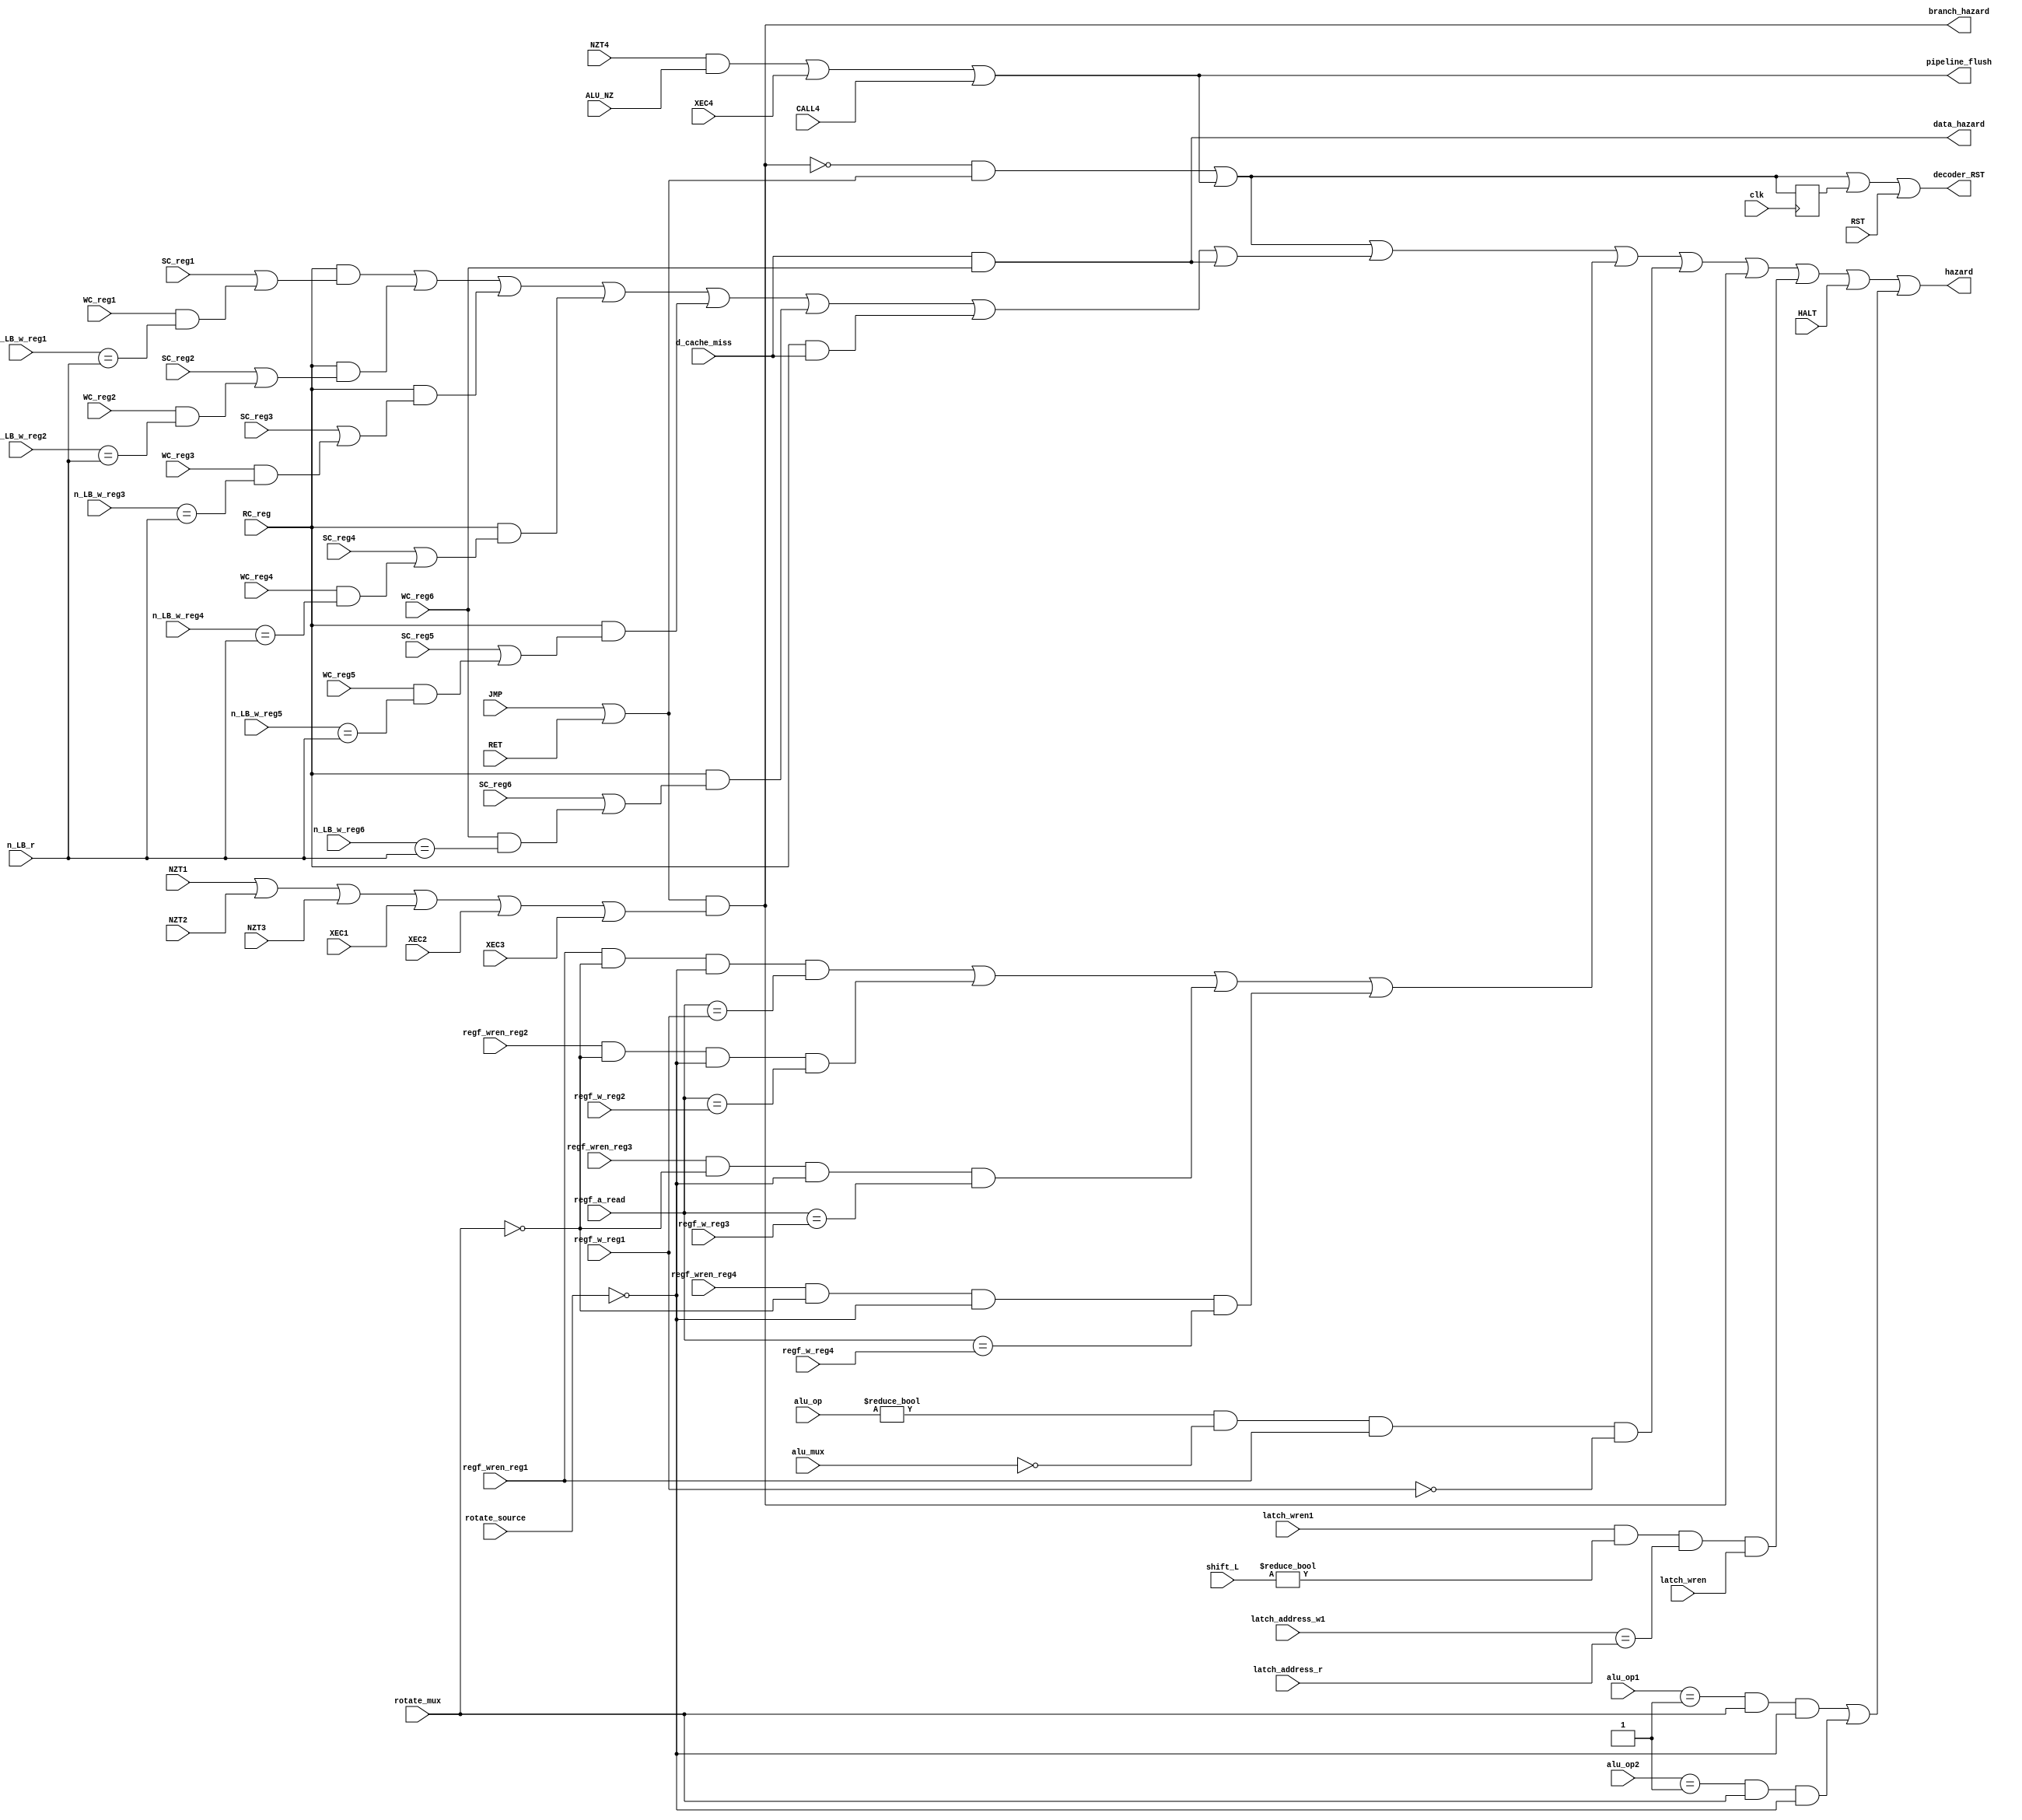
module hazard_unit(
		input wire clk,
		input wire NZT1, NZT2, NZT3, NZT4,
		input wire JMP,
		input wire XEC1, XEC2, XEC3, XEC4,
		input wire RET,
		input wire CALL4,
		input wire ALU_NZ,
		input wire[2:0] alu_op, alu_op1, alu_op2,
		input wire alu_mux,
		input wire HALT,
		input wire RST,
		input wire[2:0] regf_a_read,
		input wire[2:0] regf_w_reg1, regf_w_reg2, regf_w_reg3, regf_w_reg4,// regf_w_reg5,
		input wire regf_wren_reg1, regf_wren_reg2, regf_wren_reg3, regf_wren_reg4,// regf_wren_reg5,
		input wire SC_reg1, SC_reg2, SC_reg3, SC_reg4, SC_reg5, SC_reg6,// SC_reg7,
		input wire WC_reg1, WC_reg2, WC_reg3, WC_reg4, WC_reg5, WC_reg6,// WC_reg7,
		input wire RC_reg,
		input wire n_LB_w_reg1, n_LB_w_reg2, n_LB_w_reg3, n_LB_w_reg4, n_LB_w_reg5, n_LB_w_reg6,// n_LB_w_reg7,
		input wire n_LB_r,
		input wire rotate_mux,
		input wire rotate_source,
		input wire latch_wren, latch_wren1,
		input wire[1:0] latch_address_w1,
		input wire[1:0] latch_address_r,
		input wire[2:0] shift_L,
		input wire d_cache_miss,
		output wire hazard,
		output wire data_hazard,
		output wire branch_hazard,
		output wire pipeline_flush,
		output wire decoder_RST);
reg RST_hold;
wire decoder_flush;
wire aux_read;
wire aux_hazard;
wire regf_hazard1, regf_hazard2, regf_hazard3, regf_hazard4;//, regf_hazard5;
wire regf_hazard;
wire IO_hazard;
wire IO_hazard1, IO_hazard2, IO_hazard3, IO_hazard4, IO_hazard5, IO_hazard6;//, IO_hazard7;
wire IO_hazard_read_miss;
wire IO_hazard_write_miss;
wire latch_hazard;
wire OVF_hazard1, OVF_hazard2;
wire OVF_hazard;
assign branch_hazard = (JMP | RET) & (NZT1 | NZT2 | NZT3 | XEC1 | XEC2 | XEC3);
assign aux_read = (alu_op != 3'b000) & (~alu_mux);
assign decoder_flush = ((~branch_hazard) & (JMP | RET)) | ((NZT4 & ALU_NZ) | XEC4 | CALL4);
assign pipeline_flush = (NZT4 & ALU_NZ) | XEC4 | CALL4;
always @(posedge clk)
begin
	RST_hold <= decoder_flush;
end
assign decoder_RST = decoder_flush | RST_hold | RST;
assign latch_hazard = latch_wren1 & (shift_L != 8'h00) & (latch_address_w1 == latch_address_r) & latch_wren;	//no latch write means no latch read
assign OVF_hazard1 = (alu_op1 == 3'b001) & rotate_mux & (~rotate_source); //recent write, reading OVF
assign OVF_hazard2 = (alu_op2 == 3'b001) & rotate_mux & (~rotate_source);
assign regf_hazard1 = regf_wren_reg1 & (~rotate_mux) & (~rotate_source) & (regf_a_read == regf_w_reg1);
assign regf_hazard2 = regf_wren_reg2 & (~rotate_mux) & (~rotate_source) & (regf_a_read == regf_w_reg2);
assign regf_hazard3 = regf_wren_reg3 & (~rotate_mux) & (~rotate_source) & (regf_a_read == regf_w_reg3);
assign regf_hazard4 = regf_wren_reg4 & (~rotate_mux) & (~rotate_source) & (regf_a_read == regf_w_reg4);
//assign regf_hazard5 = regf_wren_reg5 & (~rotate_mux) & (~rotate_source) & (regf_a_read == regf_w_reg5);
assign IO_hazard1 = RC_reg & (SC_reg1 | (WC_reg1 & (n_LB_w_reg1 == n_LB_r)));
assign IO_hazard2 = RC_reg & (SC_reg2 | (WC_reg2 & (n_LB_w_reg2 == n_LB_r)));
assign IO_hazard3 = RC_reg & (SC_reg3 | (WC_reg3 & (n_LB_w_reg3 == n_LB_r)));
assign IO_hazard4 = RC_reg & (SC_reg4 | (WC_reg4 & (n_LB_w_reg4 == n_LB_r)));
assign IO_hazard5 = RC_reg & (SC_reg5 | (WC_reg5 & (n_LB_w_reg5 == n_LB_r)));
assign IO_hazard6 = RC_reg & (SC_reg6 | (WC_reg6 & (n_LB_w_reg6 == n_LB_r)));
//assign IO_hazard7 = RC_reg & (SC_reg7 | (WC_reg7 & (n_LB_w_reg7 == n_LB_r)));
assign IO_hazard_read_miss = RC_reg & d_cache_miss;
assign IO_hazard_write_miss = d_cache_miss & WC_reg6;
assign aux_hazard = aux_read & regf_wren_reg1 & (regf_w_reg1 == 3'h0);
assign OVF_hazard = OVF_hazard1 | OVF_hazard2;
assign regf_hazard = regf_hazard1 | regf_hazard2 | regf_hazard3 | regf_hazard4;// | regf_hazard5;
//assign IO_hazard = IO_hazard1 | IO_hazard2 | IO_hazard3 | IO_hazard4 | IO_hazard5 | IO_hazard6 | IO_hazard7 | IO_hazard_read_miss | IO_hazard_write_miss;
assign IO_hazard = IO_hazard1 | IO_hazard2 | IO_hazard3 | IO_hazard4 | IO_hazard5 | IO_hazard6 | IO_hazard_read_miss | IO_hazard_write_miss;
assign hazard = decoder_flush | IO_hazard | regf_hazard | aux_hazard | branch_hazard | latch_hazard | HALT | OVF_hazard;
assign data_hazard = IO_hazard_write_miss;
endmodule